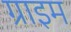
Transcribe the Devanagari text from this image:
ग्राइम